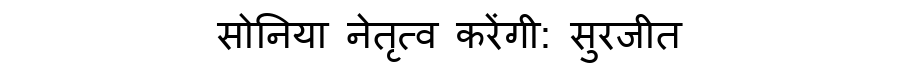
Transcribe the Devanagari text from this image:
सोनिया नेतृत्व करेंगी: सुरजीत